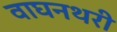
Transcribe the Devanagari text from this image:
वाघनथरी